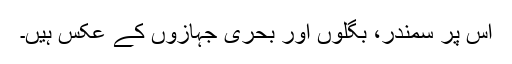
اس پر سمندر، بگلوں اور بحری جہازوں کے عکس ہیں۔